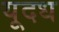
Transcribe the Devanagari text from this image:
यूदध